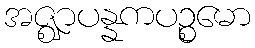
အဇ္ဈာပန္နကပဉ္စမော